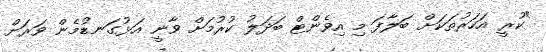
"ކުރީ އަހަރުތަކަށް ބަލާފަ މި އިވެންޓް ބަދަލު ކުރުމަށް ވާނީ އަޅުގަނޑުމެން ވަރަށް